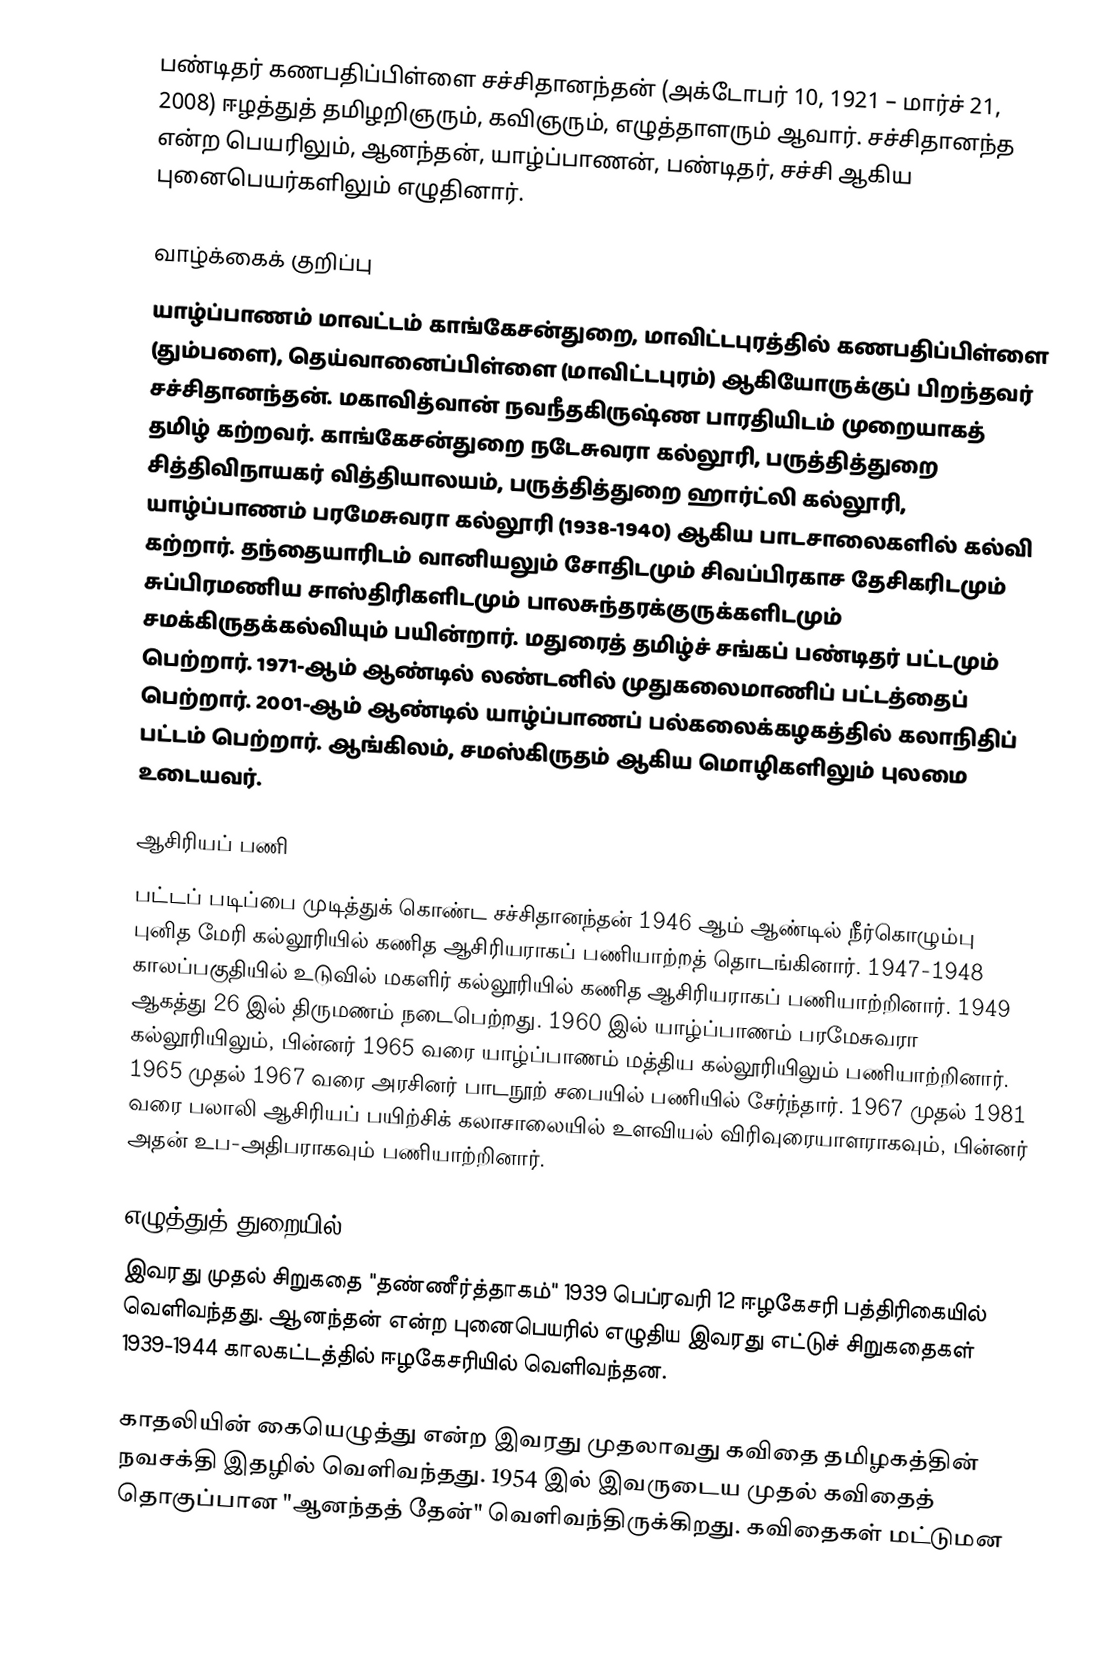
பண்டிதர் கணபதிப்பிள்ளை சச்சிதானந்தன் (அக்டோபர் 10, 1921 – மார்ச் 21, 2008) ஈழத்துத் தமிழறிஞரும், கவிஞரும், எழுத்தாளரும் ஆவார். சச்சிதானந்த என்ற பெயரிலும், ஆனந்தன், யாழ்ப்பாணன், பண்டிதர், சச்சி ஆகிய புனைபெயர்களிலும் எழுதினார்.

வாழ்க்கைக் குறிப்பு
யாழ்ப்பாணம் மாவட்டம் காங்கேசன்துறை, மாவிட்டபுரத்தில் கணபதிப்பிள்ளை (தும்பளை), தெய்வானைப்பிள்ளை (மாவிட்டபுரம்) ஆகியோருக்குப் பிறந்தவர் சச்சிதானந்தன். மகாவித்வான் நவநீதகிருஷ்ண பாரதியிடம் முறையாகத் தமிழ் கற்றவர். காங்கேசன்துறை நடேசுவரா கல்லூரி, பருத்தித்துறை சித்திவிநாயகர் வித்தியாலயம், பருத்தித்துறை ஹார்ட்லி கல்லூரி, யாழ்ப்பாணம் பரமேசுவரா கல்லூரி (1938-1940) ஆகிய பாடசாலைகளில் கல்வி கற்றார். தந்தையாரிடம் வானியலும் சோதிடமும் சிவப்பிரகாச தேசிகரிடமும் சுப்பிரமணிய சாஸ்திரிகளிடமும் பாலசுந்தரக்குருக்களிடமும் சமக்கிருதக்கல்வியும் பயின்றார். மதுரைத் தமிழ்ச் சங்கப் பண்டிதர் பட்டமும் பெற்றார்.  1971-ஆம் ஆண்டில் லண்டனில் முதுகலைமாணிப் பட்டத்தைப் பெற்றார். 2001-ஆம் ஆண்டில் யாழ்ப்பாணப் பல்கலைக்கழகத்தில் கலாநிதிப் பட்டம் பெற்றார். ஆங்கிலம், சமஸ்கிருதம் ஆகிய மொழிகளிலும் புலமை உடையவர்.

ஆசிரியப் பணி
பட்டப் படிப்பை முடித்துக் கொண்ட சச்சிதானந்தன் 1946 ஆம் ஆண்டில் நீர்கொழும்பு புனித மேரி கல்லூரியில் கணித ஆசிரியராகப் பணியாற்றத் தொடங்கினார். 1947-1948 காலப்பகுதியில் உடுவில் மகளிர் கல்லூரியில் கணித ஆசிரியராகப் பணியாற்றினார். 1949 ஆகத்து 26 இல் திருமணம் நடைபெற்றது. 1960 இல் யாழ்ப்பாணம் பரமேசுவரா கல்லூரியிலும், பின்னர் 1965 வரை யாழ்ப்பாணம் மத்திய கல்லூரியிலும் பணியாற்றினார். 1965 முதல் 1967 வரை அரசினர் பாடநூற் சபையில் பணியில் சேர்ந்தார். 1967 முதல் 1981 வரை பலாலி ஆசிரியப் பயிற்சிக் கலாசாலையில் உளவியல் விரிவுரையாளராகவும், பின்னர் அதன் உப-அதிபராகவும் பணியாற்றினார்.

எழுத்துத் துறையில்
இவரது முதல் சிறுகதை "தண்ணீர்த்தாகம்" 1939 பெப்ரவரி 12 ஈழகேசரி பத்திரிகையில் வெளிவந்தது. ஆனந்தன் என்ற புனைபெயரில் எழுதிய இவரது எட்டுச் சிறுகதைகள் 1939-1944 காலகட்டத்தில் ஈழகேசரியில் வெளிவந்தன.

காதலியின் கையெழுத்து என்ற இவரது முதலாவது கவிதை தமிழகத்தின் நவசக்தி இதழில் வெளிவந்தது. 1954 இல் இவருடைய முதல் கவிதைத் தொகுப்பான "ஆனந்தத் தேன்" வெளிவந்திருக்கிறது. கவிதைகள் மட்டுமன